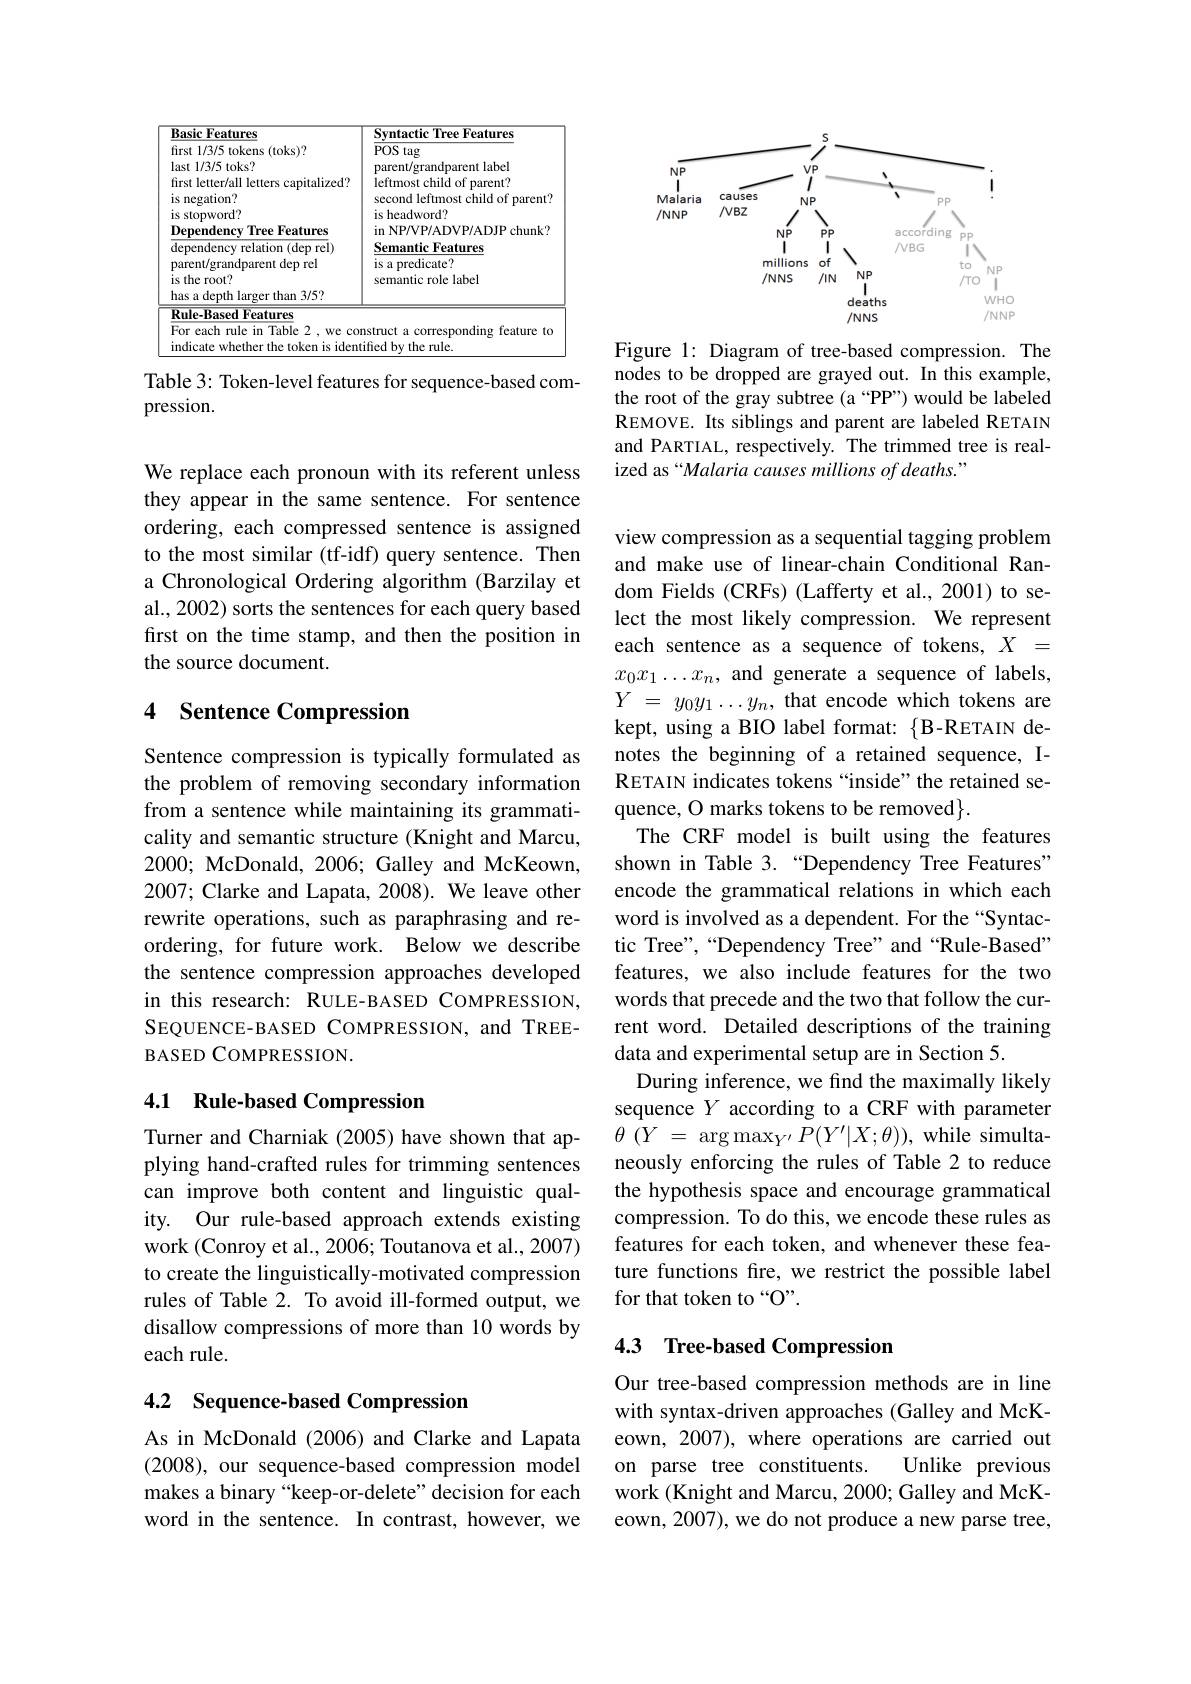
<table>
	<tbody>
		<tr>
			<th>Basic Features</th>
			<th>Svntactic Tree Features</th>
		</tr>
		<tr>
			<td>Rule-Based Features</td>
			<td> </td>
		</tr>
	</tbody>
</table>

Table 3: Token-level features for sequence-based com-
pression.

We replace each pronoun with its referent unless they appear in the same sentence. For sentence ordering, each compressed sentence is assigned to the most similar (tf-idf) query sentence. Then a Chronological Ordering algorithm (Barzilay et al., 2002) sorts the sentences for each query based first on the time stamp, and then the position in the source document.

### 4 Sentence Compression

Sentence compression is typically formulated as the problem of removing secondary information from a sentence while maintaining its grammaticality and semantic structure (Knight and Marcu, 2000; McDonald, 2006; Galley and McKeown, 2007; Clarke and Lapata, 2008). We leave other rewrite operations, such as paraphrasing and reordering, for future work. Below we describe the sentence compression approaches developed in this research: RULE-BASED COMPRESSION, SEQUENCE-BASED COMPRESSION, and TREEBASED COMPRESSION.

## 4.1 Rule-based Compression

Turner and Charniak (2005) have shown that applying hand-crafted rules for trimming sentences can improve both content and linguistic quality. Our rule-based approach extends existing work (Conroy et al., 2006; Toutanova et al., 2007) to create the linguistically-motivated compression rules of Table 2. To avoid ill-formed output, we disallow compressions of more than 10 words by each rule.

# 4.2 Sequence-based Compression

As in McDonald (2006) and Clarke and Lapata (2008), our sequence-based compression model makes a binary “keep-or-delete” decision for each word in the sentence. In contrast, however, we

<FigureHere>

Figure 1: Diagram of tree-based compression. The nodes to be dropped are grayed out. In this example, the root of the gray subtree (a “PP”) would be labeled REMOVE. Its siblings and parent are labeled RETAIN and PARTIAL, respectively. The trimmed tree is realized as“Malaria causes millions of deaths.”

view compression as a sequential tagging problem and make use of linear-chain Conditional Random Fields (CRFs) (Lafferty et al., 2001) to select the most likely compression. We represent each sentence as a sequence of tokens, $X=$ $x_0x_1\ldots x_n$, and generate a sequence of labels, $Y$ = $y_0y_1\ldots y_n$, that encode which tokens are kept, using a BIO label format: {B-RETAIN denotes the beginning of a retained sequence, IRETAIN indicates tokens “inside”the retained sequence, O marks tokens to be removed$\}.$
The CRF model is built using the features shown in Table 3.“Dependency Tree Features” encode the grammatical relations in which each word is involved as a dependent. For the “Syntactic Tree",“Dependency Tree”and“Rule-Based” features, we also include features for the two words that precede and the two that follow the current word. Detailed descriptions of the training data and experimental setup are in Section 5.
During inference, we find the maximally likely sequence $Y$ according to a CRF with parameter $\theta$ $\dot {( Y\:= \:\arg \max _{Y^{\prime }}\:\tilde{P} ( Y^{\prime }| X; \theta ) ) , \:\mathrm{while\:simulta- }}$ neously enforcing the rules of Table 2 to reduce the hypothesis space and encourage grammatical compression. To do this, we encode these rules as features for each token, and whenever these feature functions fire, we restrict the possible label for that token to “O”.

## 4.3 Tree-based Compression

Our tree-based compression methods are in line with syntax-driven approaches (Galley and McKeown, 2007), where operations are carried out
Unlike previous
on parse tree constituents.
work (Knight and Marcu, 2000; Galley and McKeown, 2007), we do not produce a new parse tree,